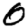
Digit: 0